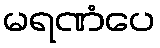
မရဏံပေ